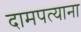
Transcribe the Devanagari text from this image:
दामपत्याना